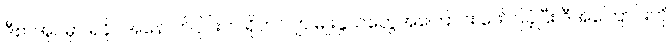
ဒီစာအုပ်မှာ ရခိုင်အနောက်ပိုင်းက ရိုဟင်ဂျာ မျိုးနွယ်တွေအကြောင်း ဖော်ပြခဲ့ပြီး ဒီအကြောင်းကို